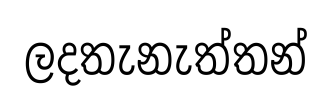
ලදතැනැත්තන්